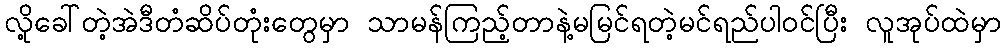
လို့ခေါ်တဲ့အဲဒီတံဆိပ်တုံးတွေမှာ သာမန်ကြည့်တာနဲ့မမြင်ရတဲ့မင်ရည်ပါဝင်ပြီး လူအုပ်ထဲမှာ